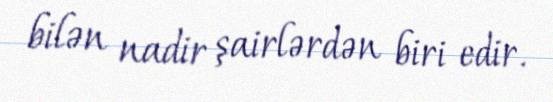
bilən nadir şairlərdən biri edir.